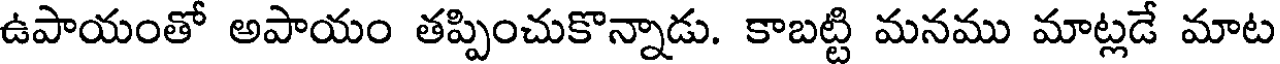
ఉపాయంతో అపాయం తప్పించుకొన్నాడు. కాబట్టి మనము మాట్లడే మాట